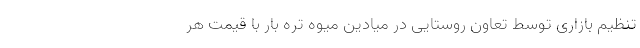
تنظیم بازاری توسط تعاون روستایی در میادین میوه تره بار با قیمت هر